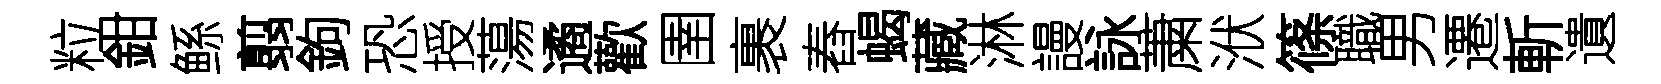
粒鉗鲧翦鉤恐授蕩遹歡圉裹舂蝎藏淋謾詠䔥洑篠職男遷斬遺